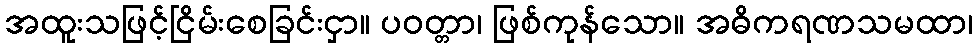
အထူးသဖြင့်ငြိမ်းစေခြင်းငှာ။ ပဝတ္တာ၊ ဖြစ်ကုန်သော။ အဓိကရဏသမထာ၊